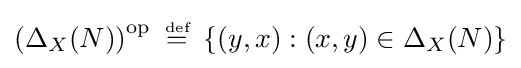
\left(\Delta _{X}(N)\right)^{\operatorname {op} }~{\stackrel {\scriptscriptstyle {\text{def}}}{=}}~\left\{(y,x):(x,y)\in \Delta _{X}(N)\right\}